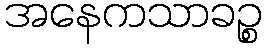
အနေကသာခဉ္စ